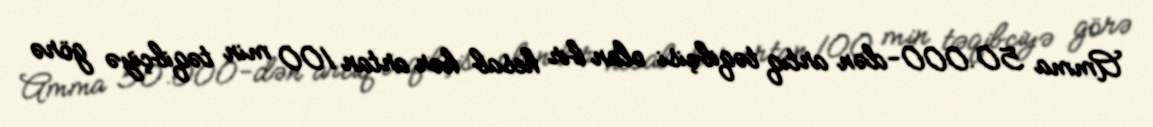
Amma 50.000-dən artıq təqibçisi olan bir hesab hər artan 100 min təqibçiyə görə